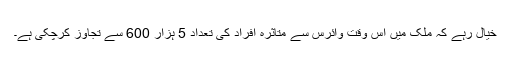
خیال رہے کہ ملک میں اس وقت وائرس سے متاثرہ افراد کی تعداد 5 ہزار 600 سے تجاوز کرچکی ہے۔